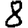
Digit: 8